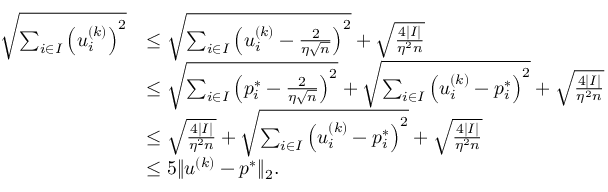
\begin{array} { r l } { \sqrt { \sum _ { i \in I } \left( u _ { i } ^ { ( k ) } \right) ^ { 2 } } } & { \leq \sqrt { \sum _ { i \in I } \left( u _ { i } ^ { ( k ) } - \frac { 2 } { \eta \sqrt { n } } \right) ^ { 2 } } + \sqrt { \frac { 4 | I | } { \eta ^ { 2 } n } } } \\ & { \leq \sqrt { \sum _ { i \in I } \left( p _ { i } ^ { * } - \frac { 2 } { \eta \sqrt { n } } \right) ^ { 2 } } + \sqrt { \sum _ { i \in I } \left( u _ { i } ^ { ( k ) } - p _ { i } ^ { * } \right) ^ { 2 } } + \sqrt { \frac { 4 | I | } { \eta ^ { 2 } n } } } \\ & { \leq \sqrt { \frac { 4 | I | } { \eta ^ { 2 } n } } + \sqrt { \sum _ { i \in I } \left( u _ { i } ^ { ( k ) } - p _ { i } ^ { * } \right) ^ { 2 } } + \sqrt { \frac { 4 | I | } { \eta ^ { 2 } n } } } \\ & { \leq 5 \| { \boldsymbol u } ^ { ( k ) } - { \boldsymbol p } ^ { * } \| _ { 2 } . } \end{array}